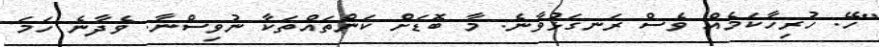
"ހޭ. ހުރިހާކަމެއް ވެސް ރަނގަޅުވާނެ. މާ ބޮޑަށް ކަންތައްތަކާ ނުވިސްނާ. ވެދާނެ ހަމަ